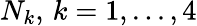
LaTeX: N_{k},\, k=1,...,4